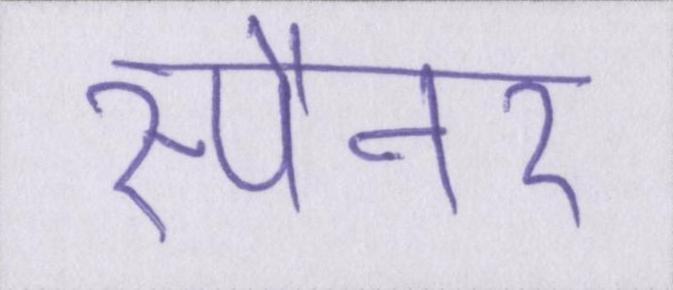
स्पैनर